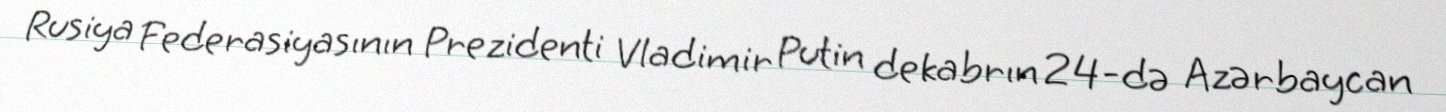
Rusiya Federasiyasının Prezidenti Vladimir Putin dekabrın 24-də Azərbaycan